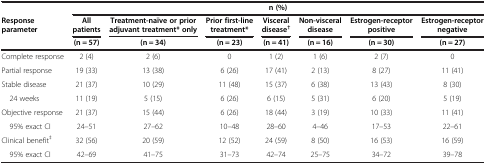
|  | <COLSPAN=7> n (%) |
 | <ROWSPAN=2> Response parameter | All patients | Treatment-naïve or prior adjuvant treatment* only | Prior first-line treatment* | Visceral disease† | Non-visceral disease | Estrogen-receptor positive | Estrogen-receptor negative |
 | (n = 57) | (n = 34) | (n = 23) | (n = 41) | (n = 16) | (n = 30) | (n = 27) |
 | --- | --- | --- | --- | --- | --- | --- | --- |
 | Complete response | 2 (4) | 2 (6) | 0 | 1 (2) | 1 (6) | 2 (7) | 0 |
 | Partial response | 19 (33) | 13 (38) | 6 (26) | 17 (41) | 2 (13) | 8 (27) | 11 (41) |
 | Stable disease | 21 (37) | 10 (29) | 11 (48) | 15 (37) | 6 (38) | 13 (43) | 8 (30) |
 | 24 weeks | 11 (19) | 5 (15) | 6 (26) | 6 (15) | 5 (31) | 6 (20) | 5 (19) |
 | Objective response | 21 (37) | 15 (44) | 6 (26) | 18 (44) | 3 (19) | 10 (33) | 11 (41) |
 | 95% exact CI | 24–51 | 27–62 | 10–48 | 28–60 | 4–46 | 17–53 | 22–61 |
 | Clinical benefit‡ | 32 (56) | 20 (59) | 12 (52) | 24 (59) | 8 (50) | 16 (53) | 16 (59) |
 | 95% exact CI | 42–69 | 41–75 | 31–73 | 42–74 | 25–75 | 34–72 | 39–78 |